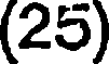
(25)